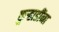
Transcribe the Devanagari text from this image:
कुऱ्हाडींना